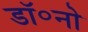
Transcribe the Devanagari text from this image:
डॉ॰नो